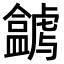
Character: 𥃋